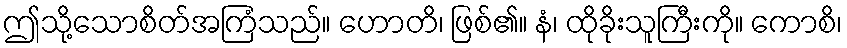
ဤသို့သောစိတ်အကြံသည်။ ဟောတိ၊ ဖြစ်၏။ နံ၊ ထိုခိုးသူကြီးကို။ ကောစိ၊